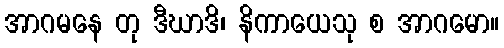
အာဂမနေ တု ဒီဃာဒိ၊ နိကာယေသု စ အာဂမော။